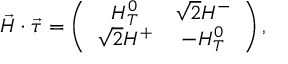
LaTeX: \vec { H } \cdot \vec { \tau } = \left( \begin{array} { c c } { { H _ { T } ^ { 0 } } } & { { \sqrt { 2 } H ^ { - } } } \\ { { \sqrt { 2 } H ^ { + } } } & { { - H _ { T } ^ { 0 } } } \end{array} \right) ,